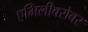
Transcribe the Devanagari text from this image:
एमिलीबरोबर